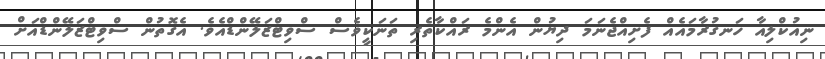
ނިއުކްލިއާ ހަނގުރާމައެއް ފެށިއްޖެނަމަ ދިޔުން އެންމެ ރައްކާތެރި ތަނަކީވެސް ސްވިޓްޒަލޭންޑްއެވެ. އެގޮތުން ސްވިޓްޒަލޭންޑްއަށް